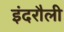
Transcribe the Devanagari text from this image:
इंदरौली